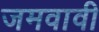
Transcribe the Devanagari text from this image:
जमवावी